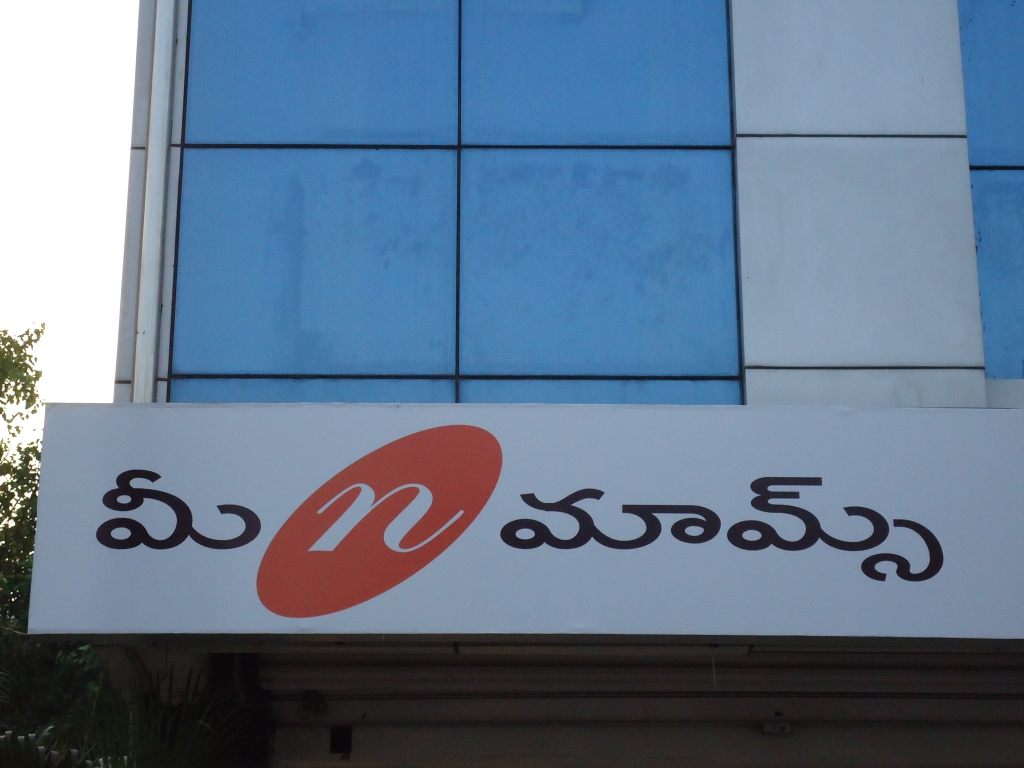
Language: telugu
Transcription: మీ మామ్స్